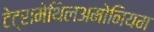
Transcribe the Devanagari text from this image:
टेट्रामेथिलअमोनियम